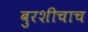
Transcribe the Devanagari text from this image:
बुरशीचाच